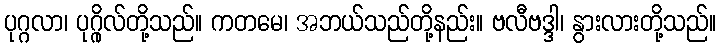
ပုဂ္ဂလာ၊ ပုဂ္ဂိုလ်တို့သည်။ ကတမေ၊ အဘယ်သည်တို့နည်း။ ဗလီဗဒ္ဒါ၊ နွားလားတို့သည်။